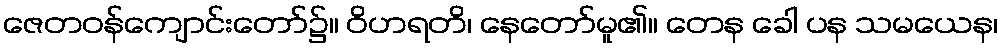
ဇေတဝန်ကျောင်းတော်၌။ ဝိဟရတိ၊ နေတော်မူ၏။ တေန ခေါ ပန သမယေန၊